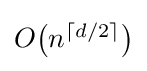
\textstyle O{\bigl (}n^{\lceil d/2\rceil }{\bigr )}